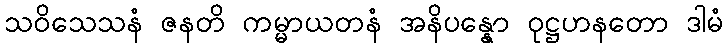
သဝိသေသနံ ဇနတိ ကမ္မာယတနံ အနိပန္နော ဝုဋ္ဌဟနတော ဒါမံ